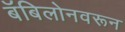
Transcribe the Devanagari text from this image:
बॅबिलोनवरून